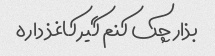
بذار چک کنم گیر کاغذ داره